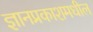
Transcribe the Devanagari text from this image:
ज्ञानप्रकाशमधील